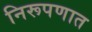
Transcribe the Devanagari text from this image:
निरूपणात